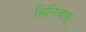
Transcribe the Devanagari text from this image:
स्रिनिवास्